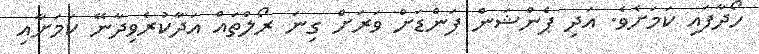
ހޯދާފައި ކަމަށެވެ. އަދި ޕެންޝަން ފަންޑަށް ވަރަށް ގިނަ ރޯލްތައް އަދާކުރެވިދާނޭ ކަމަށާއި